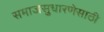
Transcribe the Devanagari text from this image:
समाजसुधारणेसाठी